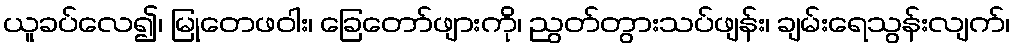
ယူခပ်လေ၍၊ မြုတေဖဝါး၊ ခြေတော်ဖျားကို၊ ညွတ်တွားသပ်ဖျန်း၊ ချမ်းရေသွန်းလျက်၊